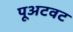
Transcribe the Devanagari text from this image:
पूअटवट